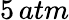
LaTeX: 5\, atm